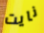
نايت